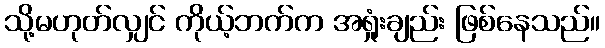
သို့မဟုတ်လျှင် ကိုယ့်ဘက်က အရှုံးချည်း ဖြစ်နေသည်။